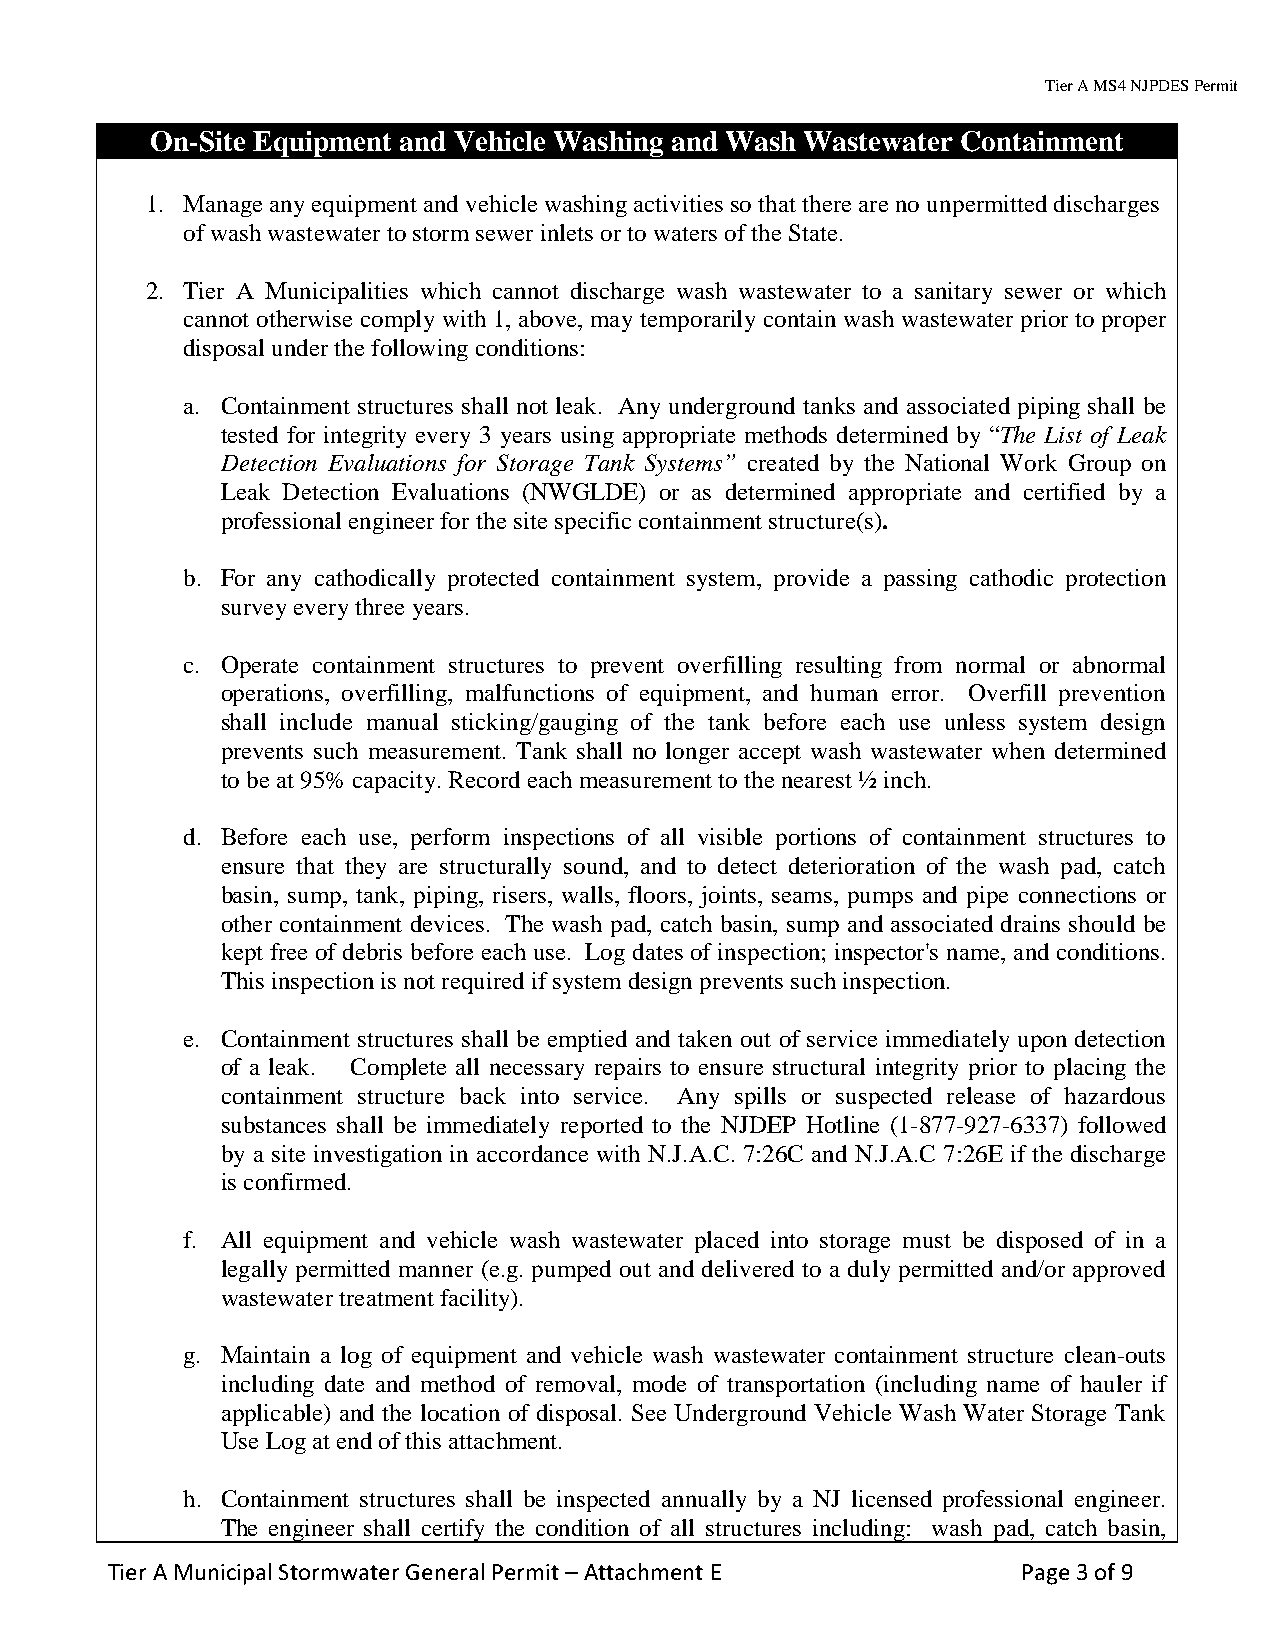
Tier A MS4 NJPDES Permit
 On-Site Equipment and Vehicle Washing and Wash Wastewater Containment
 1. Manage any equipment and vehicle washing activities so that there are no unpermitted discharges
 of wash wastewater to storm sewer inlets or to waters of the State.
 2. Tier A Municipalities which cannot discharge wash wastewater to a sanitary sewer or which
 cannot otherwise comply with 1, above, may temporarily contain wash wastewater prior to proper
 disposal under the following conditions:
 a. Containment structures shall not leak. Any underground tanks and associated piping shall be
 tested for integrity every 3 years using appropriate methods determined by “The List of Leak
 Detection Evaluations for Storage Tank Systems” created by the National Work Group on
 Leak Detection Evaluations (NWGLDE) or as determined appropriate and certified by a
 professional engineer for the site specific containment structure(s).
 b. For any cathodically protected containment system, provide a passing cathodic protection
 survey every three years.
 c. Operate containment structures to prevent overfilling resulting from normal or abnormal
 operations, overfilling, malfunctions of equipment, and human error. Overfill prevention
 shall include manual sticking/gauging of the tank before each use unless system design
 prevents such measurement. Tank shall no longer accept wash wastewater when determined
 to be at 95% capacity. Record each measurement to the nearest ½ inch.
 d. Before each use, perform inspections of all visible portions of containment structures to
 ensure that they are structurally sound, and to detect deterioration of the wash pad, catch
 basin, sump, tank, piping, risers, walls, floors, joints, seams, pumps and pipe connections or
 other containment devices. The wash pad, catch basin, sump and associated drains should be
 kept free of debris before each use. Log dates of inspection; inspector's name, and conditions.
 This inspection is not required if system design prevents such inspection.
 e. Containment structures shall be emptied and taken out of service immediately upon detection
 of a leak. Complete all necessary repairs to ensure structural integrity prior to placing the
 containment structure back into service. Any spills or suspected release of hazardous
 substances shall be immediately reported to the NJDEP Hotline (1-877-927-6337) followed
 by a site investigation in accordance with N.J.A.C. 7:26C and N.J.A.C 7:26E if the discharge
 is confirmed.
 f. All equipment and vehicle wash wastewater placed into storage must be disposed of in a
 legally permitted manner (e.g. pumped out and delivered to a duly permitted and/or approved
 wastewater treatment facility).
 g. Maintain a log of equipment and vehicle wash wastewater containment structure clean-outs
 including date and method of removal, mode of transportation (including name of hauler if
 applicable) and the location of disposal. See Underground Vehicle Wash Water Storage Tank
 Use Log at end of this attachment.
 h. Containment structures shall be inspected annually by a NJ licensed professional engineer.
 The engineer shall certify the condition of all structures including: wash pad, catch basin,
 Tier A Municipal Stormwater General Permit – Attachment E    Page 3 of 9